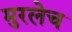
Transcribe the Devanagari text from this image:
मुरलेच